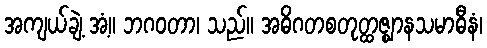
အကျယ်ချဲ့ အံ့။ ဘဂဝတာ၊ သည်။ အဓိဂတစတုတ္ထဇ္ဈာနသမာဓီနံ၊